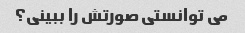
می توانستی صورتش را ببینی؟